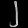
Digit: ၂